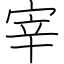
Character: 宰